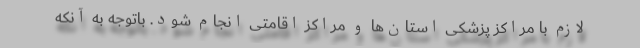
لازم با مراکز پزشکی استان‌ها و مراکز اقامتی انجام شود. باتوجه به آنکه